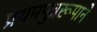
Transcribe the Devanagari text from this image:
प्रथमपुत्ररूपाने